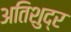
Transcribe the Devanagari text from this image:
अतिशुद्र